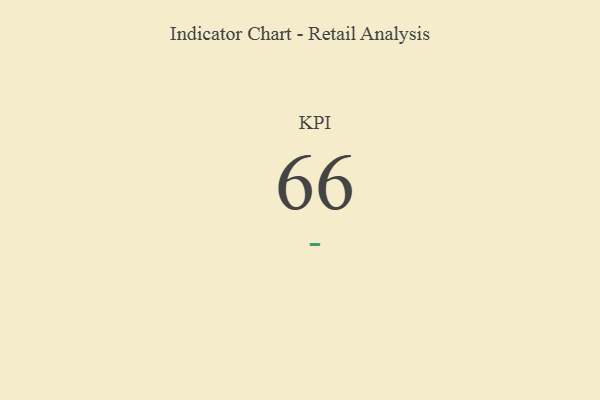
{"axis": {"x": "KPI", "y": "Value"}, "legend": [""], "data": [{"x": "KPI", "y": 66, "type": ""}]}